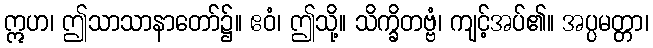
ဣဟ၊ ဤသာသာနာတော်၌။ ဧဝံ၊ ဤသို့။ သိက္ခိတဗ္ဗံ၊ ကျင့်အပ်၏။ အပ္ပမတ္တာ၊